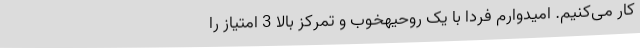
کار می‌کنیم. امیدوارم فردا با یک روحیهخوب و تمرکز بالا 3 امتیاز را